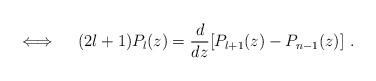
LaTeX: \begin{align*}\iff\quad(2l+1)P_{l}(z)=\frac{d}{dz}[P_{l+1}(z)-P_{n-1}(z)]\ .\end{align*}